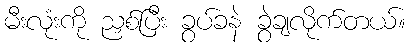
မီးလုံးကို ညှစ်ပြီး ခွပ်ခနဲ ခွဲချလိုက်တယ်။